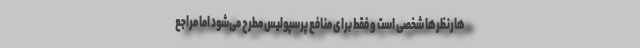
هارنظرها شخصی است و فقط برای منافع پرسپولیس مطرح می‌شود اما مراجع